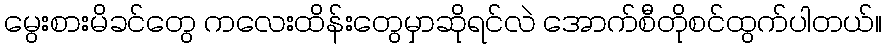
မွေးစားမိခင်တွေ ကလေးထိန်းတွေမှာဆိုရင်လဲ အောက်စီတိုစင်ထွက်ပါတယ်။